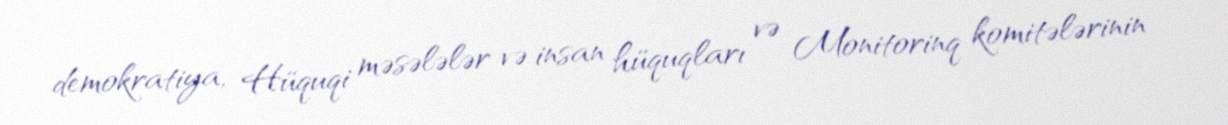
demokratiya, Hüquqi məsələlər və insan hüquqları və Monitorinq komitələrinin